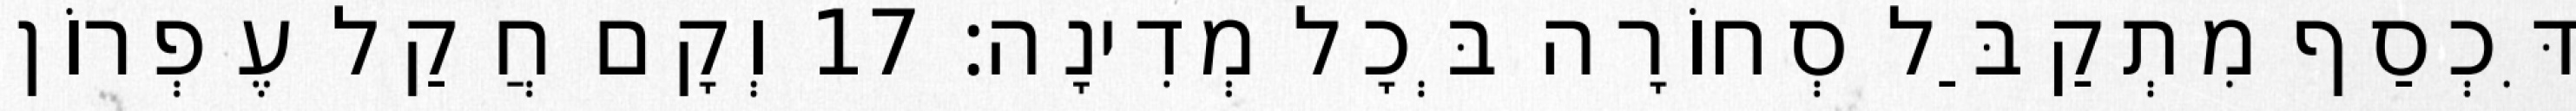
דִּכְסַף מִתְקַבַּל סְחוֹרָה בְּכָל מְדִינָה׃ 17 וְקָם חֲקַל עֶפְרוֹן